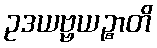
ဥဒယဗ္ဗယဉ္စာတိ